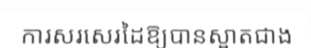
ការសរសេរដៃឱ្យបានស្អាតជាង